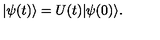
\vert \psi ( t ) \rangle = U ( t ) \vert \psi ( 0 ) \rangle .